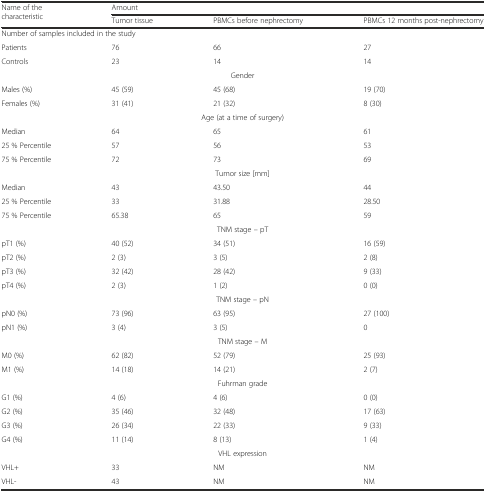
<table><thead><tr><td rowspan="2"><b>Name of the characteristic</b></td><td colspan="3"><b>Amount</b></td></tr><tr><td><b>Tumor tissue</b></td><td><b>PBMCs before nephrectomy</b></td><td><b>PBMCs 12 months post-nephrectomy</b></td></tr></thead><tbody><tr><td colspan="4">Number of samples included in the study</td></tr><tr><td>Patients</td><td>76</td><td>66</td><td>27</td></tr><tr><td>Controls</td><td>23</td><td>14</td><td>14</td></tr><tr><td colspan="4">Gender</td></tr><tr><td>Males (%)</td><td>45 (59)</td><td>45 (68)</td><td>19 (70)</td></tr><tr><td>Females (%)</td><td>31 (41)</td><td>21 (32)</td><td>8 (30)</td></tr><tr><td colspan="4">Age (at a time of surgery)</td></tr><tr><td>Median</td><td>64</td><td>65</td><td>61</td></tr><tr><td>25 % Percentile</td><td>57</td><td>56</td><td>53</td></tr><tr><td>75 % Percentile</td><td>72</td><td>73</td><td>69</td></tr><tr><td colspan="4">Tumor size [mm]</td></tr><tr><td>Median</td><td>43</td><td>43.50</td><td>44</td></tr><tr><td>25 % Percentile</td><td>33</td><td>31.88</td><td>28.50</td></tr><tr><td>75 % Percentile</td><td>65.38</td><td>65</td><td>59</td></tr><tr><td colspan="4">TNM stage – pT</td></tr><tr><td>pT1 (%)</td><td>40 (52)</td><td>34 (51)</td><td>16 (59)</td></tr><tr><td>pT2 (%)</td><td>2 (3)</td><td>3 (5)</td><td>2 (8)</td></tr><tr><td>pT3 (%)</td><td>32 (42)</td><td>28 (42)</td><td>9 (33)</td></tr><tr><td>pT4 (%)</td><td>2 (3)</td><td>1 (2)</td><td>0 (0)</td></tr><tr><td colspan="4">TNM stage – pN</td></tr><tr><td>pN0 (%)</td><td>73 (96)</td><td>63 (95)</td><td>27 (100)</td></tr><tr><td>pN1 (%)</td><td>3 (4)</td><td>3 (5)</td><td>0</td></tr><tr><td colspan="4">TNM stage – M</td></tr><tr><td>M0 (%)</td><td>62 (82)</td><td>52 (79)</td><td>25 (93)</td></tr><tr><td>M1 (%)</td><td>14 (18)</td><td>14 (21)</td><td>2 (7)</td></tr><tr><td colspan="4">Fuhrman grade</td></tr><tr><td>G1 (%)</td><td>4 (6)</td><td>4 (6)</td><td>0 (0)</td></tr><tr><td>G2 (%)</td><td>35 (46)</td><td>32 (48)</td><td>17 (63)</td></tr><tr><td>G3 (%)</td><td>26 (34)</td><td>22 (33)</td><td>9 (33)</td></tr><tr><td>G4 (%)</td><td>11 (14)</td><td>8 (13)</td><td>1 (4)</td></tr><tr><td colspan="4">VHL expression</td></tr><tr><td>VHL+</td><td>33</td><td>NM</td><td>NM</td></tr><tr><td>VHL-</td><td>43</td><td>NM</td><td>NM</td></tr></tbody></table>